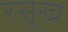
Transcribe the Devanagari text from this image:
रसूख